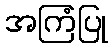
အကြံပြု